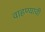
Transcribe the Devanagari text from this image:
वाहण्‍याची